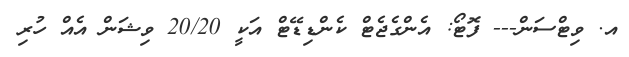
އ. ވިޓްސަން--- ފޮޓޯ: އެންގެޖެޓް ކެންޑިޑޭޓް އަކީ 20/20 ވިޝަން އެެއް ހުރި